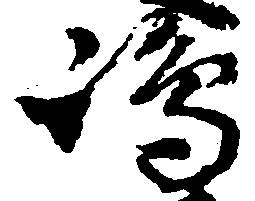
嶋